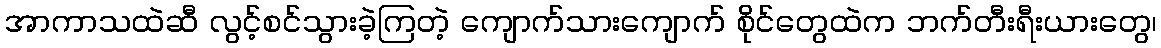
အာကာသထဲဆီ လွင့်စင်သွားခဲ့ကြတဲ့ ကျောက်သားကျောက် စိုင်တွေထဲက ဘက်တီးရီးယားတွေ၊